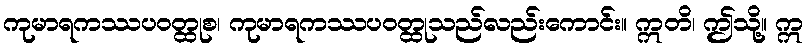
ကုမာရကဿပဝတ္ထုစ၊ ကုမာရကဿပဝတ္ထုသည်လည်းကောင်း။ ဣတိ၊ ဤသို့။ ဣ